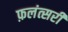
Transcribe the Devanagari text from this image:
फ़लंत्सरी